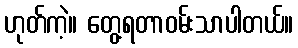
ဟုတ်ကဲ့။ တွေ့ရတာဝမ်းသာပါတယ်။